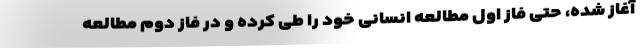
آغاز شده، حتی فاز اول مطالعه انسانی خود را طی کرده و در فاز دوم مطالعه